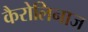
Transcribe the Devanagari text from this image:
कैरोलिनाज